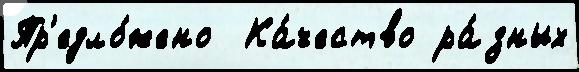
Пр'едло́жено  Ка́чество ра́зных